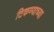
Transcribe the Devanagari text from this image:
टिकण्याच्या